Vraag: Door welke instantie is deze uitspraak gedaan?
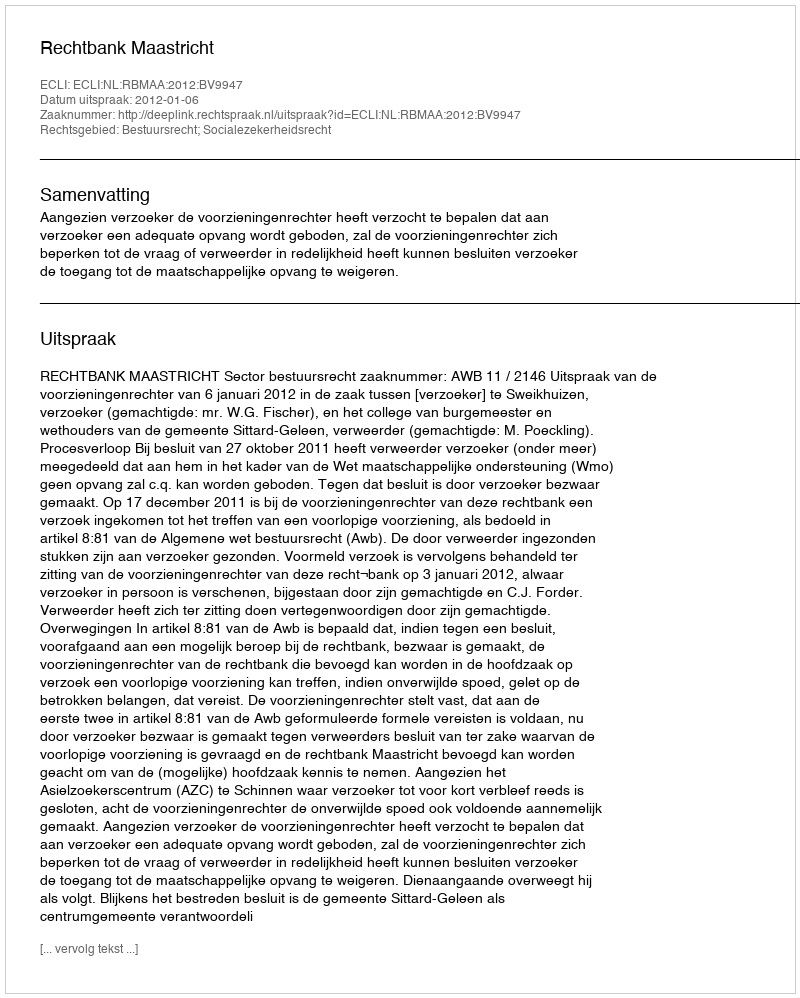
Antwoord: Rechtbank Maastricht